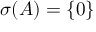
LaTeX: \sigma ( A ) = \{ 0 \}